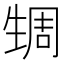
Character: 𬎹